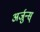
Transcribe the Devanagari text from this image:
अर्जुन्स्